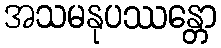
အသမနုပဿန္တော